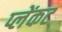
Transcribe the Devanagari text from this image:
प्लेंकट